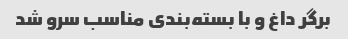
برگر داغ و با بسته‌بندی مناسب سرو شد